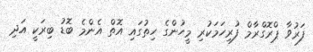
ފަރުވާ ޕްރޮގްރާމް ފުރިހަމަކުރި މީހުންގެ ހިތުގައި އޮތް އެންމެ ބޮޑު ބިރަކީ އަދި